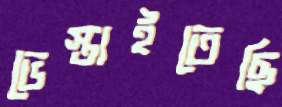
ভেস্তাইতেছি